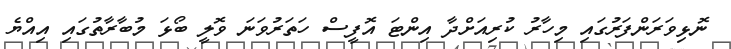
ނޮޅިވަރަންފަރުގައި މިހާރު ކުރިއަށްދާ އިންޓަ އޮފީސް ހަތަރުވަނަ ވޮލީ ބޯޅަ މުބާރާތުގައި އިއްޔެ